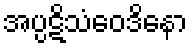
အပ္ပဋိသံဝေဒိနော